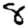
Digit: 8